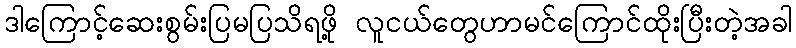
ဒါကြောင့်ဆေးစွမ်းပြမပြသိရဖို့ လူငယ်တွေဟာမင်ကြောင်ထိုးပြီးတဲ့အခါ